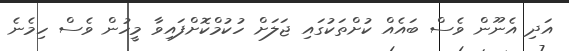
އަދި އެނޫން ވެސް ބައެއް ކުށްތަކުގައި ޖަލަށް ހުކުމްކޮށްފައިވާ މީހުން ވެސް ހިމެނެ